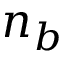
n _ { b }